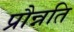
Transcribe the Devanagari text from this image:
प्रौन्नति